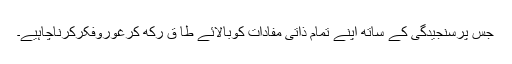
جس پرسنجیدگی کے ساتھ اپنے تمام ذاتی مفادات کوبالائے طا ق رکھ کرغوروفکرکرناچاہیے۔